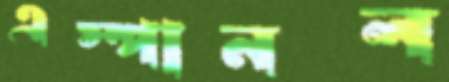
এস্পানল